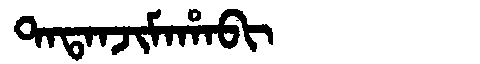
Manchu: ᡨᠠᡨᠠᠨᠵᡳᠮᠠᡥᠠᠪᡳ
Romanization: TATANJIMAHABI